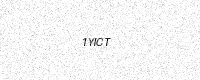
Text: 1YICT